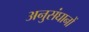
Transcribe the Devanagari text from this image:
अनुसंघानों